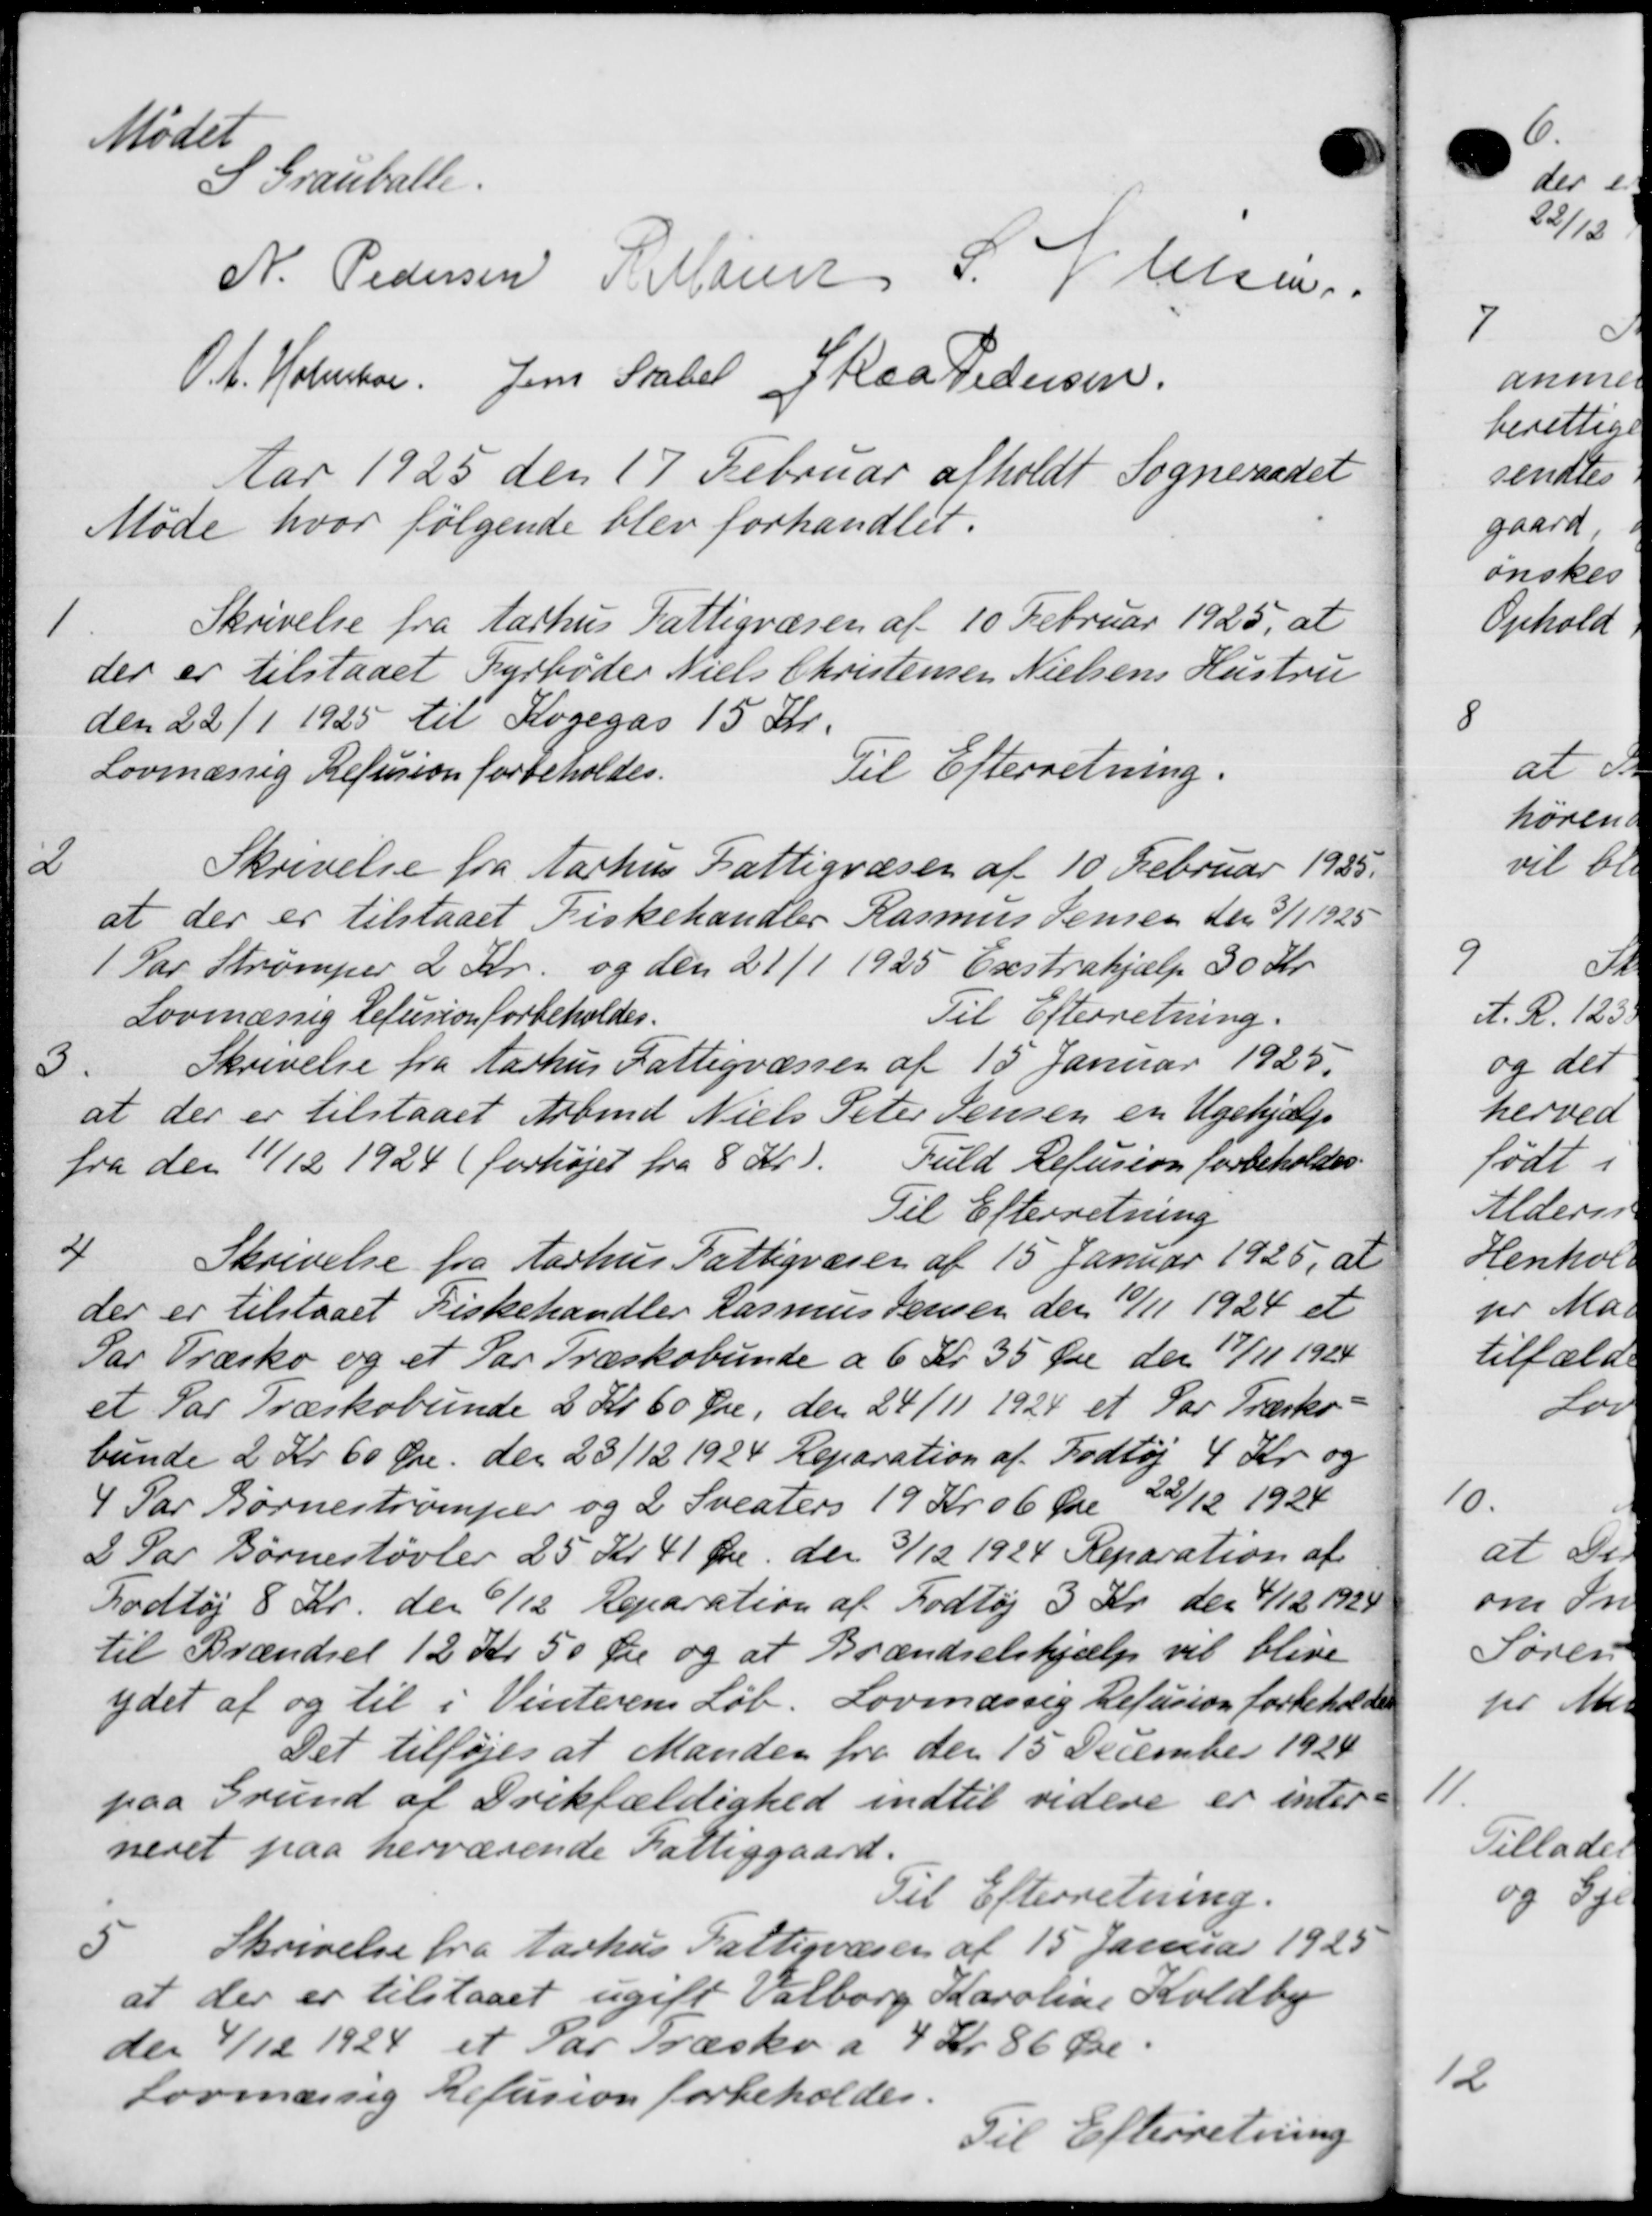
Transskription:
Mødet
S Grauballe.
N. Pedersen P. Møller S. Nielsen
O.A. Holmber Jens Stabel Staa Pedersen
Aar 1925 den 17 Februar afholdt Sogneraadet
Møde hvor følgende blev forhandlet.
1.
Skrivelse fra Aarhus Fattigvæsen af 10 Februar 1925, at
der er tilstaaet Fyrbøder Niels Christensen Nielsens Hustru
den 22/1 1925 til Kogegas 15 Kr.
Til Efterretning.
Lovmæssig Refusion forbeholdes.
2
Skrivelse fra Aarhus Fattigvæsen af 10 Februar 1925.
at der er tilstaaet Fiskehandler Rasmus Jensen den 3/1 1925
1 Par Strømper 2 Kr. og den 21/1 1925 Exstrahjælp 30 Kr.
Lovmæssig Refusion forbeholdes.
Til Efterretning.
Skrivelse fra Aarhus Fattigvæsen af 15 Januar 1925.
3.
at der er tilstaaet Arbmd Niels Peter Jensen en Ugehjælp
fra den 11/12 1924 (forhøjet fra 8 Kr).
Fuld Refusion forbeholdes
Til Efterretning
4
Skrivelse fra Aarhus Fattigvæsen af 15 Januar 1925, at
der er tilstaaet Fiskehandler Rasmus Jensen den 10/11 1924 et
Par Træsko og et Par Træskobunde a 6 Kr 35 Øre der 17/11 1924
et Par Træskobunde 2 Kr 60 Øre, den 24/11 1924 et Par Træsko-
bunde 2 Kr 60 Øre den 23/12 1924 Reparation af Fodtøj 4 Kr. og
4 Par Børnestrømper og 2 Sveaters 19 Kr 06 Øre 22/12 1924
2 Par Børnestøvler 25 Kr. 41 Øre den 3/12 1924. Reparation af
Fodtøj 8 Kr. den 6/12 Reparation af Fodtøj 3 Kr. den 4/12 1924
til Brændsel 12 Kr 50 Øre og at Brændselshjælp vil blive
ydet af og til i Vinterens Løb. Lovmæssig Refusion forbehold
Det tilføjes at Manden fra den 15 December 1924
paa Grund af Drikfældighed indtil videre er inter-
neret paa herværende Fattiggaard.
Til Efterretning.
5.
Skrivelse fra Aarhus Fattigvæsen af 15 Januar 1925
at der er tilstaaet ugift Valborg Karoline Koldby
den 4/12 1924 et Par Træsko a 4 Kr. 86 Øre.
Lovmæssig Refusion forbeholdes.
Til Efterretning